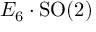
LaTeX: E _ { 6 } \cdot \mathrm { S O } ( 2 )